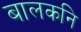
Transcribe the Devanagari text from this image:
बालकनि